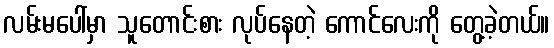
လမ်းမပေါ်မှာ သူတောင်းစား လုပ်နေတဲ့ ကောင်လေးကို တွေ့ခဲ့တယ်။